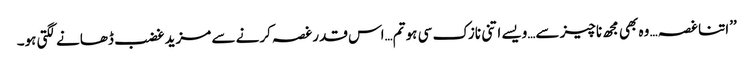
’’اتنا غصہ… وہ بھی مجھ ناچیز سے…ویسے اتنی نازک سی ہو تم…اس قدر غصہ کرنے سے مزید غضب ڈھانے لگتی ہو۔